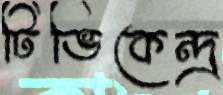
টিভিকেন্দ্র